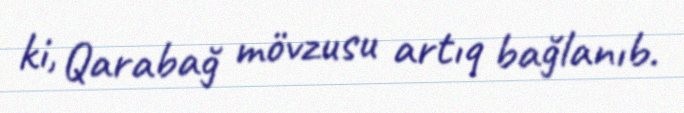
ki, Qarabağ mövzusu artıq bağlanıb.